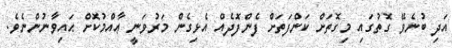
އަދި ބުނެވޭ ގޮތުގައި މިގޮތަށް ކަންފަތަށް ފެންފޮދެއް އެޅިގެން މަރުވަނީ ޢާއްމުކޮށް ޙައިވާނުންނެވެ.